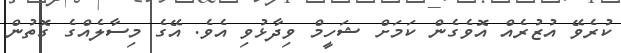
ކުރެވޭ އުޒުރެއް އޮވެގެން ކަމަށް ޝަހީމް ވިދާޅުވި އެވެ. އޭގެ މިސާލެއްގެ ގޮތުން